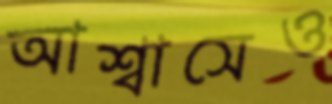
আশ্বাসেও